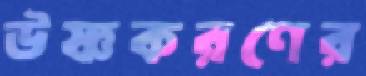
উষ্ণকরণের